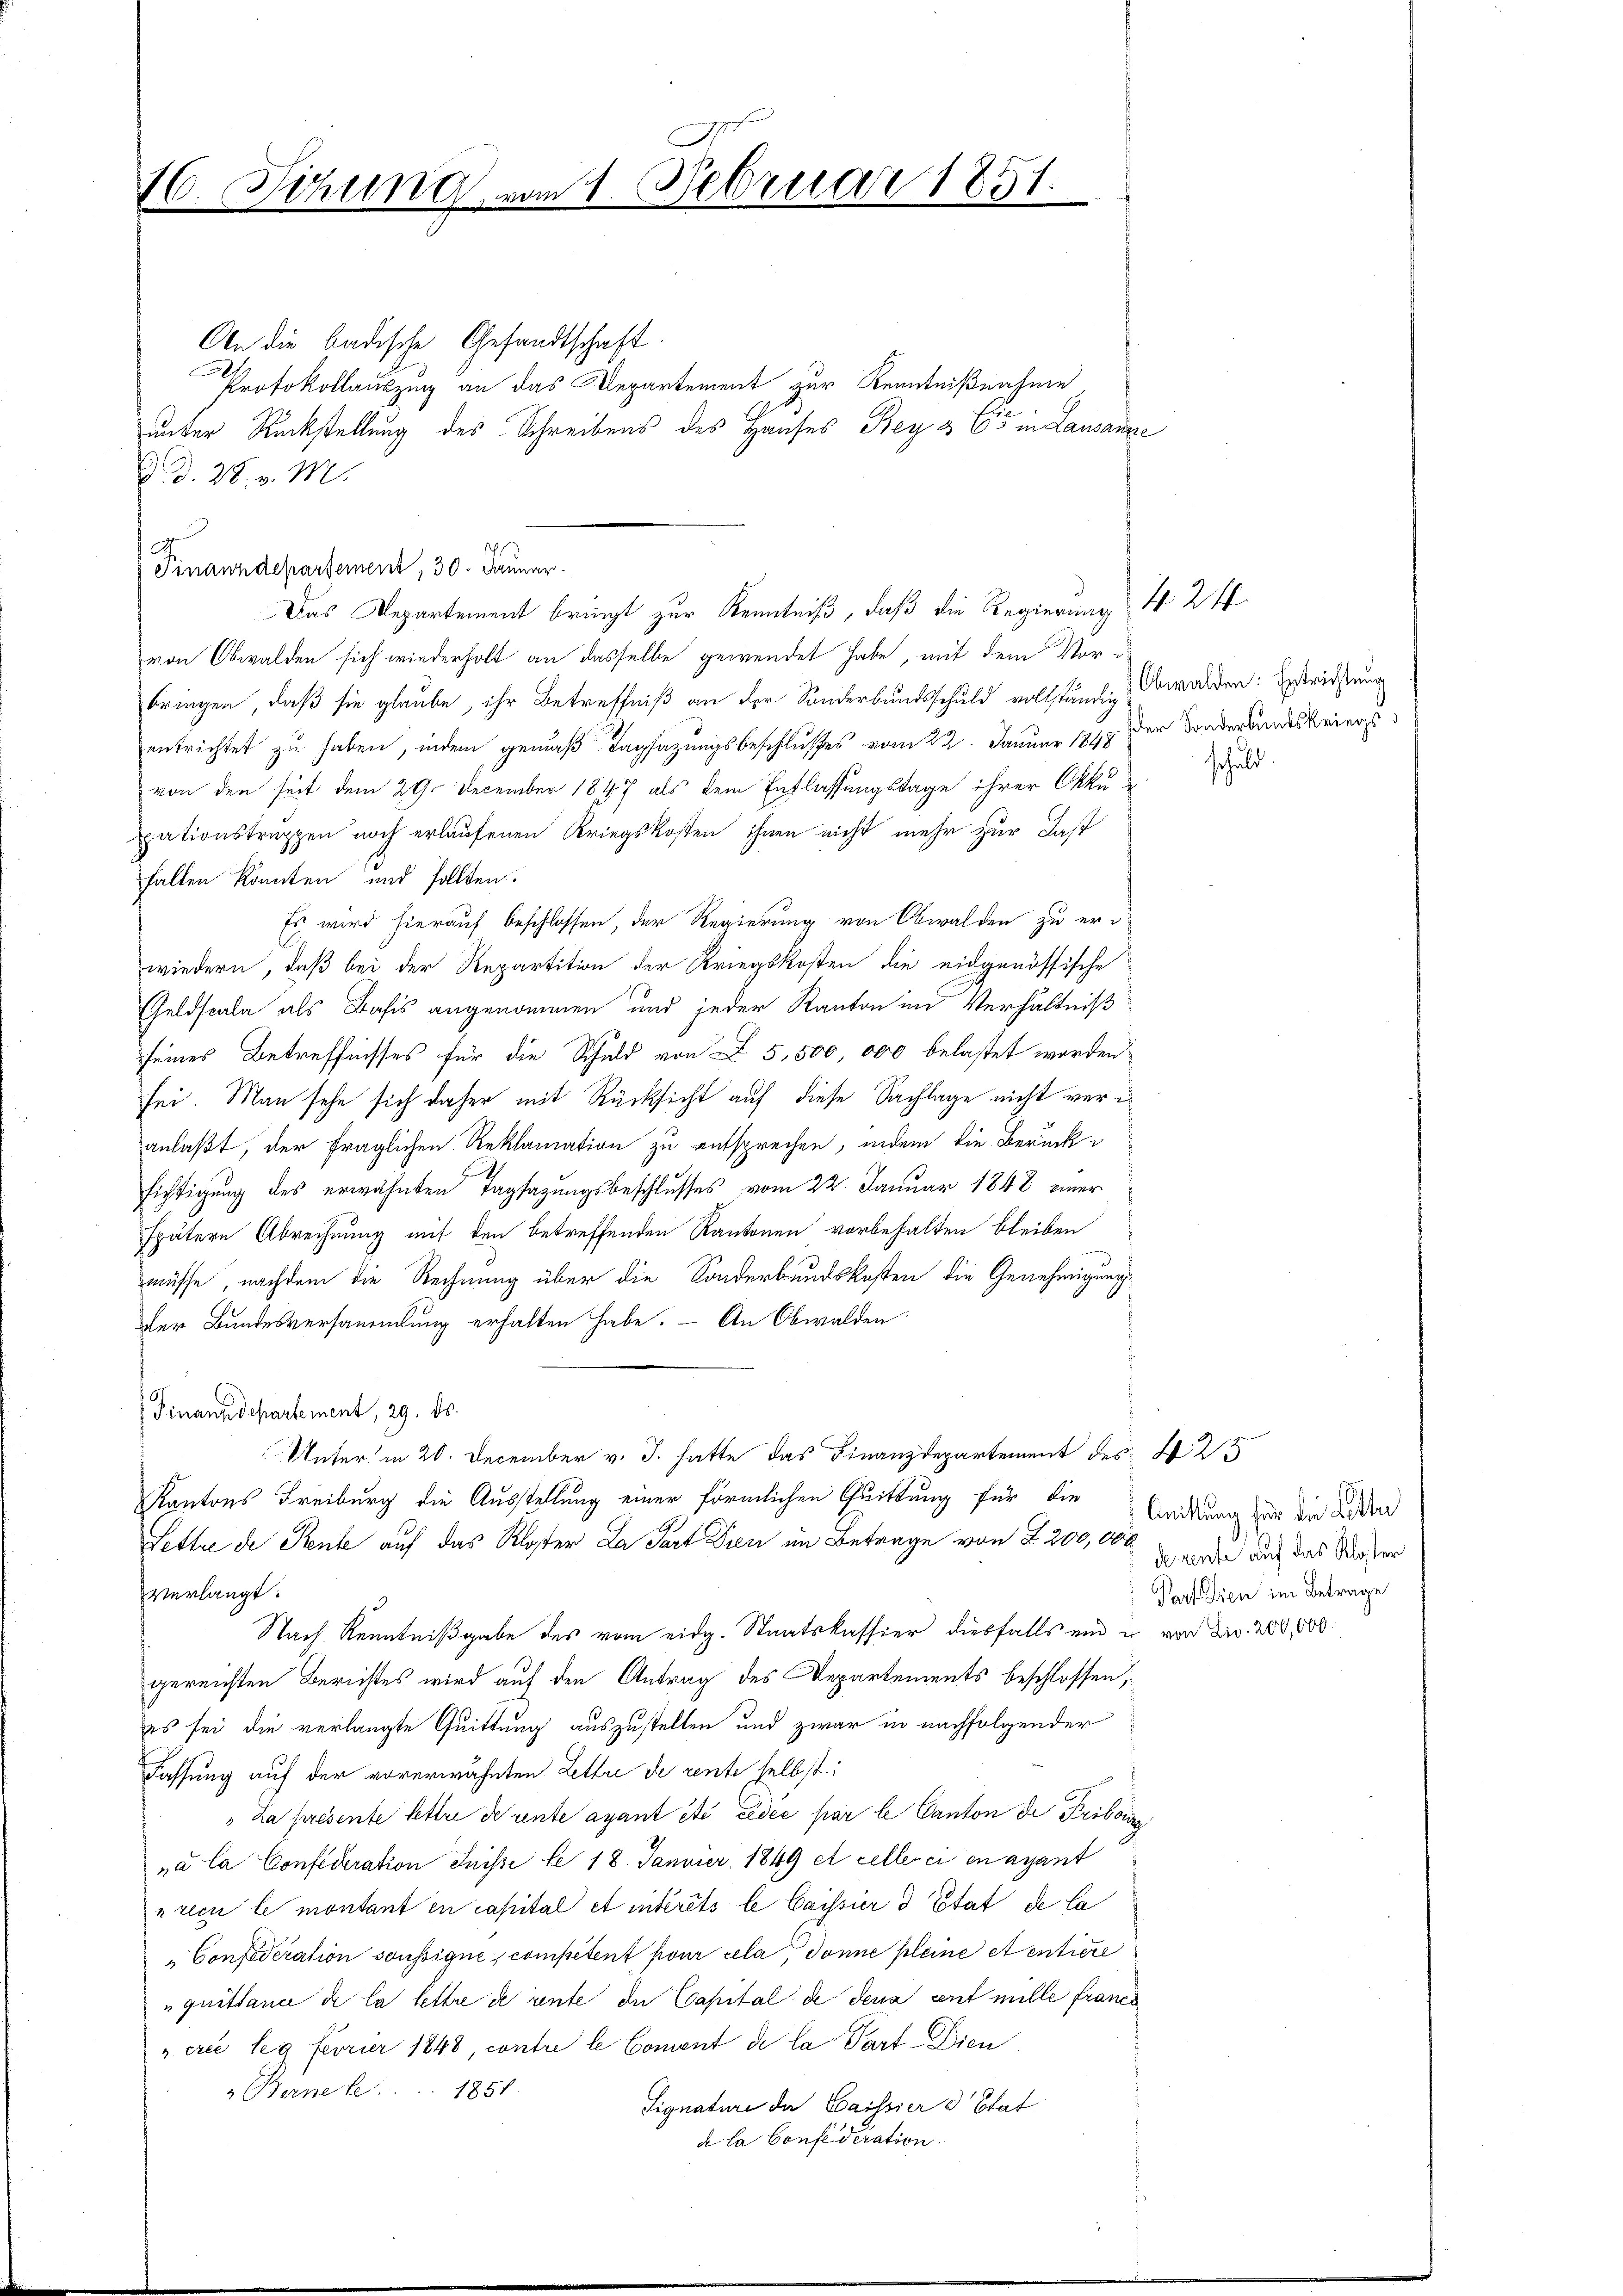
J.
16 Sirung vom 1. Februar 1851.
i

An die badische Gesandtschaft
2
Protokollauszug an das Departement zur Kenntnißnahme
unter Rückstellung des Schreibens des Hauses Bey 3 65 in Lausanze
d. d. 28. v. M.
Finanzdepartement, 30. Januar.
Das Departement bringt zur Kenntniß, daß die Regierung § 24.
von Obwalden sich wiederholt an dasselbe gewendet habe, mit dem Vorbringen, daß sie glaube, ihr Betreffniß an der Sonderbundsschuld vollständen Obwalden: Gestrichtung
entrichtet zu haben, indem gemäß Tagsazungsbeschlusses vom 22. Januar 1849 der Sonderbandskriegsvon den seit dem 29. December 1847 als dem Entlassungstage ihrer Okkuxationstruppen noch erlaufenen Kriegskosten ihnen nicht mehr zur Last
halten könnten und sollten.
Es wird hierauf beschlossen, der Regierung von Obwalden zu erwiedern, daß bei der Repartition der Kriegskosten die eidgenössische
Geldseule als Basis angenommen und jeder Kanton und Verhältniß
seines Betreffnisses für die Schuld von 5,500,000 belastet worden.
sei. Man sehe sich daher mit Rücksicht auf diese Sachlage nicht war i
anlaßt, der fraglichen Reklamation zu entsprechen, indem die Berücksichtigung des erwähnten Tagsazungsbeschlusses vom 22. Januar 1848 einer
spätern Abrechnung mit den betreffenden Kantonen vorbehalten bleiben
müsse, nachdem die Rechnung über die Sonderbundskosten die Genehmigung
der Bundesversammlung erhalten habe. – An Obwalden
Finanzdepartement, 29. ds.
Unter in 20. December v. J. hatte das Finanzdepartement des § 25
Kantons Freiburg die Ausstellung einer förmlichen Quittung für die Leitung zur die Wider
Lettre de Stente auf das Kloster La Part Treu im Betrage von § 200,000
verlangt.
Nach Kenntnißgabe des vom eidg. Staatskassier diesfalls ein u. von der 200,000
gereichten Berichtes wird auf den Antrag des Departements beschlossen;
es sei die verlangte Quittung auszustellen und zwar in nachfolgender
Fassung auf der vorerwähnten Lette de rente selbst:
„La présente letter de rente ayant été cédée par le Canton de Priboinz
„à la Confideration Jnisse be 18. Janvier 1849 et cellerei en ayant
reci le montant en capital et intérêts le Cassier d Etat de la
"Confederation soussigne, competent pour cela donne pleine et entiere
"quittance de la lettre de rente in Capital de dens cent mille franer
„erie leg ferner 1848, contre le Coment de la Part Dien
Berne . . . 1851
Signature de Cassiere Etat
de la Confederation.

schuld.

de rente auf das Kloster
Part dien im Betrage